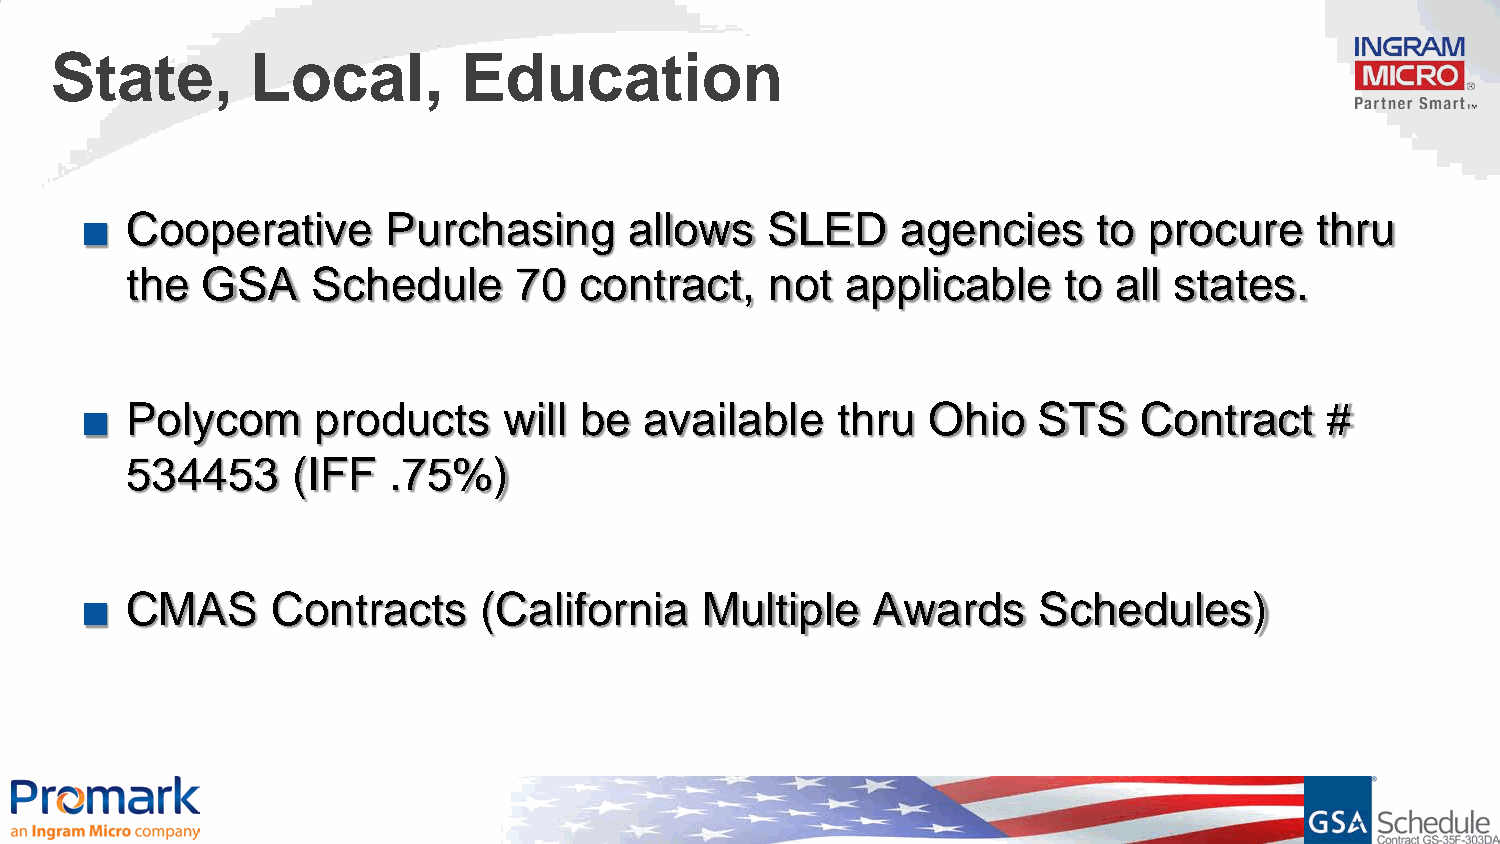
State,        Local,        Education
 ■  Cooperative       Purchasing      allows   SLED     agencies     to procure    thru
 the  GSA     Schedule     70  contract,    not  applicable    to  all states.
 ■  Polycom      products    will be   available   thru  Ohio    STS   Contract     #
 534453     (IFF   .75%)
 ■  CMAS      Contracts     (California   Multiple    Awards     Schedules)
 Confidential and proprietary information of Ingram Micro Inc. — Do not distribute or duplicate without Ingram Micro's express written permission. 1403007_12